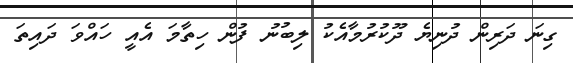
ގިނަ ދަރިން ދުނިޔެ ދޫކުރުމާއެކު ލިބުނު ފުން ހިތާމަ އެއީ ހައްވަ ދައިތަ